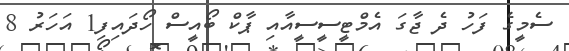
ސެމީގެ ފަހު ދެ ޖާގަ އެމްޓީސީސީއާއި ޕާކް ބޯއީސް ހޯދައިފި1 އަހަރު 8